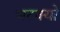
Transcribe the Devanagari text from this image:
भटक्‍यो